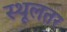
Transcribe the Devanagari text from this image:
स्थूलतर